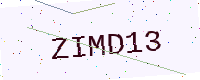
Text: ZIMD13